Lunatic asylums in Bengal annual reports 1899-1911 - 1899-1911
Year: 1899
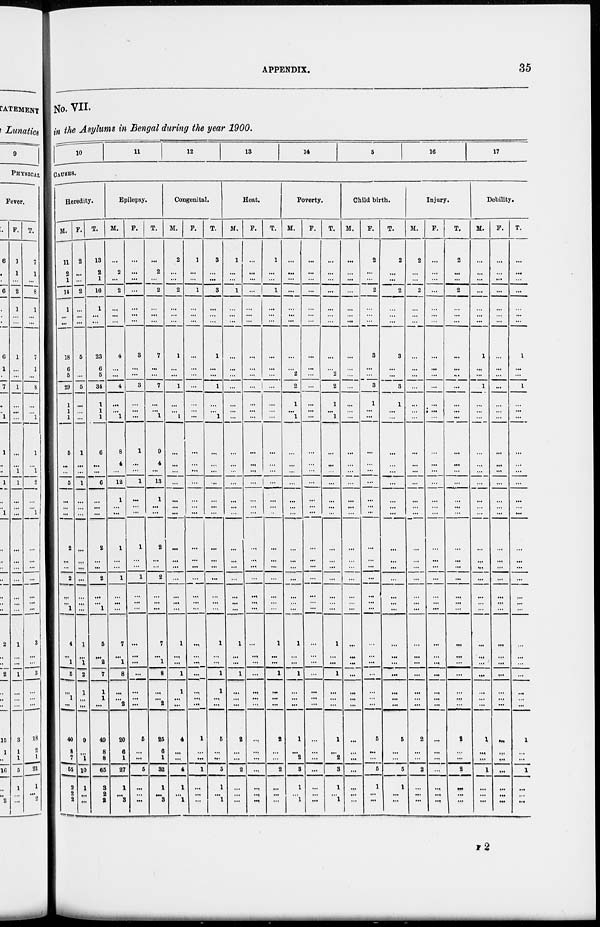
APPENDIX.
35
No. VII.
in the Asylums in Bengal during the year 1900.
10
11
12
13
14
15
16
17
CAUSES.
Heredity.
M.
11
2
1
14
1
...
...
18
6
5
29
1
1
1
5
...
...
5
...
...
...
2
...
...
2
...
...
1
4
...
1
5
...
1
...
40
8
7
55
2
2
2
F.
2
...
...
2
...
...
...
5
...
...
5
...
...
...
1
...
...
1
...
...
...
...
...
...
...
...
...
...
1
...
1
2
1
...
...
9
...
1
10
1
...
...
T.
13
2
1
16
1
...
...
23
6
5
34
1
1
1
6
...
...
6
...
...
...
2
...
...
2
...
...
1
5
...
2
7
1
1
...
49
8
8
65
3
2
2
Epilepsy.
M.
...
2
...
2
...
...
...
4
...
...
4
...
...
1
8
4
...
12
1
...
...
1
...
...
1
...
...
...
7
...
1
8
...
...
2
20
6
1
27
1
...
3
F.
...
...
...
...
...
...
...
3
...
...
3
...
...
...
1
...
...
1
...
...
...
1
...
...
1
...
...
...
...
...
...
...
...
...
...
5
...
...
5
...
...
...
T.
...
2
...
2
...
...
...
7
...
...
7
...
...
1
9
4
...
13
1
...
...
2
...
...
2
...
...
...
7
...
1
8
...
...
2
25
6
1
32
1
...
3
Congenital.
M.
2
...
...
2
...
...
...
1
...
...
1
...
...
1
...
...
...
...
...
...
...
...
...
...
...
...
...
...
1
...
...
1
1
...
...
4
...
...
4
1
...
1
F.
1
...
...
1
...
...
...
...
...
...
...
...
...
...
...
...
...
...
...
...
...
...
...
...
...
...
...
...
...
...
...
...
...
...
...
1
...
...
1
...
...
...
T.
3
...
...
3
...
...
...
1
...
...
1
...
...
1
...
...
...
...
...
...
...
...
...
...
...
...
...
...
1
...
...
1
1
...
...
5
...
...
5
1
...
1
Heat.
M.
1
...
...
1
...
...
...
...
...
...
...
...
...
...
...
...
...
...
...
...
...
...
...
...
...
...
...
1
...
...
1
...
...
...
2
...
...
2
...
...
...
F.
...
...
...
...
...
...
...
...
...
...
...
...
...
...
...
...
...
...
...
...
...
...
...
...
...
...
...
...
...
...
...
...
...
...
...
...
...
...
...
...
...
...
T.
1
...
...
1
...
...
...
...
...
...
...
...
...
...
...
...
...
...
...
...
...
...
...
...
...
...
...
1
...
...
1
...
...
...
2
...
...
2
...
...
...
Poverty.
M.
...
...
...
...
...
...
...
...
...
2
2
1
...
1
...
...
...
...
...
...
...
...
...
...
...
...
...
...
1
...
...
1
...
...
...
1
...
2
3
1
...
1
F.
...
...
...
...
...
...
...
...
...
...
...
...
...
...
...
...
...
...
...
...
...
...
...
...
...
...
...
...
...
...
...
...
...
...
...
...
...
...
...
...
...
...
T.
...
...
...
...
...
...
...
...
...
2
2
1
...
1
...
...
...
...
...
...
...
...
...
...
...
...
...
...
1
...
...
1
...
...
...
1
...
2
3
1
...
1
Child birth.
M.
...
...
...
...
...
...
...
...
...
...
...
...
...
...
...
...
...
...
...
...
...
...
...
...
...
...
...
...
...
...
...
...
...
...
...
...
...
...
...
...
...
...
F.
2
...
...
2
...
...
...
3
...
...
3
1
...
...
...
...
...
...
...
...
...
...
...
...
...
...
...
...
...
...
...
...
...
...
...
5
...
...
5
1
...
...
T.
2
...
...
2
...
...
...
3
...
...
3
1
...
...
...
...
...
...
...
...
...
...
...
...
...
...
...
...
...
...
...
...
...
...
...
5
...
...
5
1
...
...
Injury.
M.
2
...
...
2
...
...
...
...
...
...
...
...
...
...
...
...
...
...
...
...
...
...
...
...
...
...
...
...
...
...
...
...
...
...
...
2
...
...
2
...
...
...
F.
...
...
...
...
...
...
...
...
...
...
...
...
...
...
...
...
...
...
...
...
...
...
...
...
...
...
...
...
...
...
...
...
...
...
...
...
...
...
...
...
...
...
T.
2
...
...
2
...
...
...
...
...
...
...
...
...
...
...
...
...
...
...
...
...
...
...
...
...
...
...
...
...
...
...
...
...
...
...
2
...
...
2
...
...
...
Debility.
M.
...
...
...
...
...
...
...
1
...
...
1
...
...
...
...
...
...
...
...
...
...
...
...
...
...
...
...
...
...
...
...
...
...
...
...
1
...
...
1
...
...
...
F.
...
...
...
...
...
...
...
...
...
...
...
...
...
...
...
...
...
...
...
...
...
...
...
...
...
...
...
...
...
...
...
...
...
...
...
...
...
...
...
...
...
...
T.
...
...
...
...
...
...
...
1
...
...
1
...
...
...
...
...
...
...
...
...
...
...
...
...
...
...
...
...
...
...
...
...
...
...
...
1
...
...
1
...
...
...
F 2